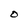
Character: O